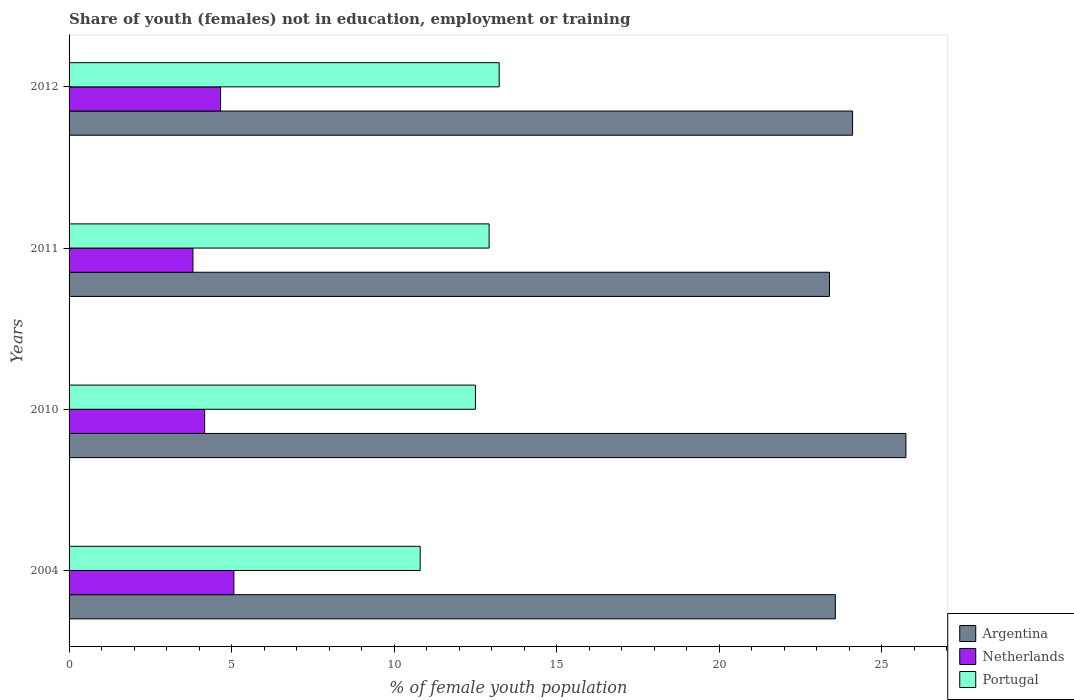
| Years | Argentina | Netherlands | Portugal |
 | --- | --- | --- | --- |
 | 2004 | 23.6 | 5.07 | 10.8 |
 | 2010 | 25.7 | 4.17 | 12.5 |
 | 2011 | 23.4 | 3.81 | 12.9 |
 | 2012 | 24.1 | 4.66 | 13.2 |